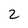
Character: 2